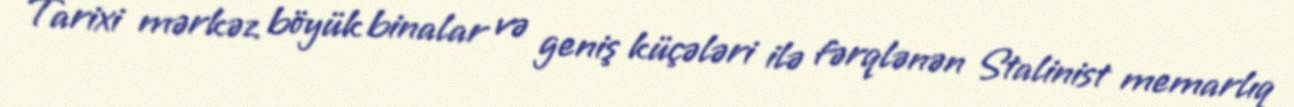
Tarixi mərkəz böyük binalar və geniş küçələri ilə fərqlənən Stalinist memarlıq